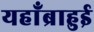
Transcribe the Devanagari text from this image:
यहाँब्राहुई